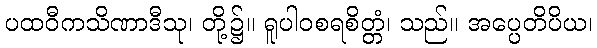
ပထဝီကသိဏာဒီသု၊ တို့၌။ ရူပါဝစရစိတ္တံ၊ သည်။ အပ္ပေတိပိယ၊